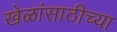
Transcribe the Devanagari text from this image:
खेळांसाठीच्या